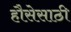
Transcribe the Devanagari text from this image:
हौसेसाठी